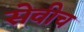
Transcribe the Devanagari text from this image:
सेवीच